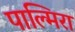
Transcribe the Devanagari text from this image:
पाल्मिरा